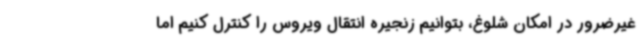
غیرضرور در امکان شلوغ، بتوانیم زنجیره انتقال ویروس را کنترل کنیم اما